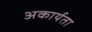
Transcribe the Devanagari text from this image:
अकार्यता